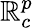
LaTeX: \mathbb{R}_{c}^{p}